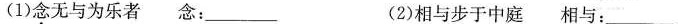
(1)念无与为乐者 念：_.(2)相与步于中庭相与：_.